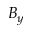
B _ { y }